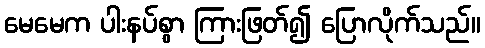
မေမေက ပါးနပ်စွာ ကြားဖြတ်၍ ပြောလိုက်သည်။